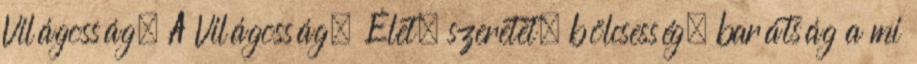
Világosság. A Világosság, Élet, szeretet, bölcsesség, barátság a mi